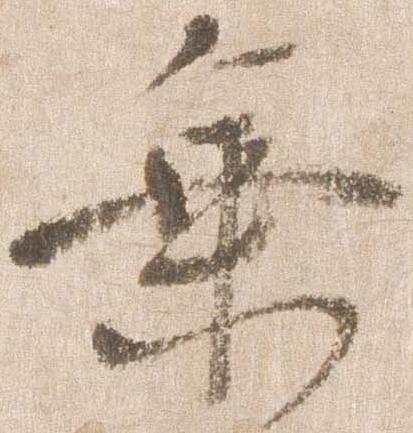
乗